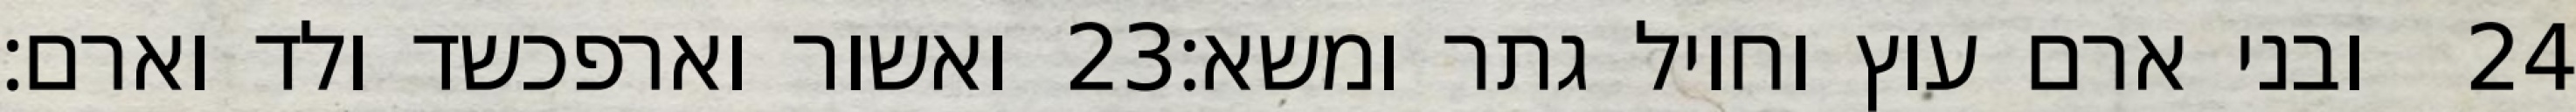
ואשור וארפכשד ולד וארם׃ ‎23‏ ובני ארם עוץ וחויל גתר ומשא׃ ‎24‏